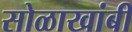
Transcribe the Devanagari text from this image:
सोळाखांबी